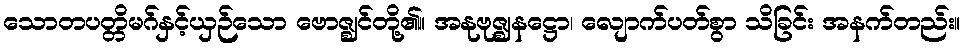
သောတပတ္တိမဂ်နှင့်ယှဉ်သော ဗောဇ္ဈင်တို့၏။ အနုဗုဇ္ဈနဋ္ဌော၊ လျောက်ပတ်စွာ သိခြင်း အနက်တည်း။